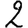
Digit: 2